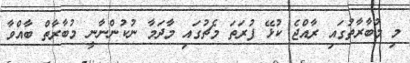
މި މުބާރާތުގައި ރާއްޖެ ކުޅޭ ފުރަތަ މެޗުގައި މާދަމާ ނުކުންނާނީ މުބާރާތް ބާއްވާ